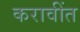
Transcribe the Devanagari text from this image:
करावींत